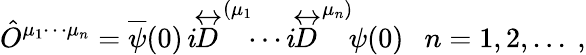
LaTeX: \hat{O}^{\mu_{1}\cdots\mu_{n}}=\overline{{{\psi}}}(0)\, i\! \stackrel{\leftrightarrow}{D}^{(\mu_{1}}\! \! \cdots i\! \stackrel{\leftrightarrow}{D}^{\mu_{n})}\! \psi(0)~~~n=1,2,...\ ,